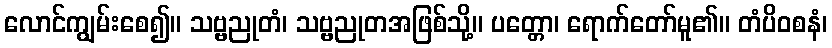
လောင်ကျွမ်းစေ၍။ သဗ္ဗညုတံ၊ သဗ္ဗညုတအဖြစ်သို့။ ပတ္တော၊ ရောက်တော်မူ၏။ တံပိဝစနံ၊